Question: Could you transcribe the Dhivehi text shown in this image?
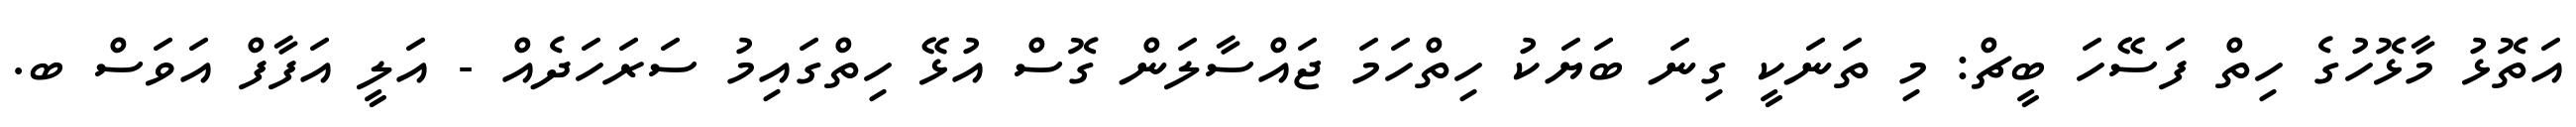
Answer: އަތޮޅު މާޅޮހުގެ ހިތް ފަސޭހަ ބީޗް: މި ތަނަކީ ގިނަ ބަޔަކު ހިތްހަމަ ޖައްސާލަން ގޮސް އުޅޭ ހިތްގައިމު ސަރަހަދެއް - އަލީ އަފާފް އަވަސް ބ.